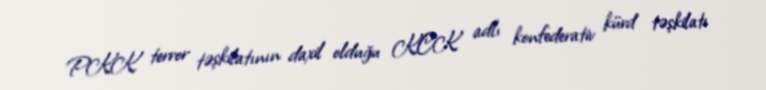
PKK terror təşkilatının daxil olduğu KCK adlı konfederativ kürd təşkilatı